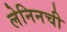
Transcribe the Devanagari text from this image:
लेनिनची